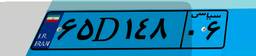
۶۵D۱۴۸۰۶